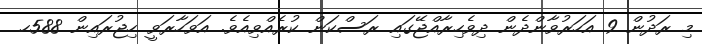
މި ރަދުން 9 އަހަރުވާންދެން ދިވެހިރާއްޖޭގައި ރަސްކަން ކުރެއްވިއެވެ. އަވަހާރަވީ ހިޖުރައިން 588ހ